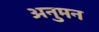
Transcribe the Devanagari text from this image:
अनुमन